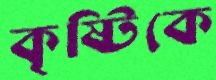
কৃষ্টিকে